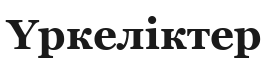
Үркеліктер